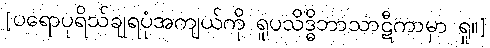
[ပရောပုရိသ်ချရပုံအကျယ်ကို ရူပသိဒ္ဓိဘာသာဋီကာမှာ ရှု။]